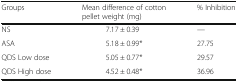
<table><thead><tr><td><b>Groups</b></td><td><b>Mean difference of cotton pellet weight (mg)</b></td><td><b>% Inhibition</b></td></tr></thead><tbody><tr><td>NS</td><td>7.17 ± 0.39</td><td>—</td></tr><tr><td>ASA</td><td>5.18 ± 0.99*</td><td>27.75</td></tr><tr><td>QDS Low dose</td><td>5.05 ± 0.77*</td><td>29.57</td></tr><tr><td>QDS High dose</td><td>4.52 ± 0.48*</td><td>36.96</td></tr></tbody></table>